画像に写った文字を読んでください
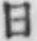
「日」と書いてあります